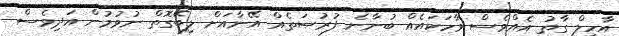
އާހިލް ގާތު އެއްވެސް ވާހަކައެއް ބުނާނެ ފުރުޞަތެއް އޭނާއަށް ލިބޭގޮތް ނުވުމުން އަދިވެސް